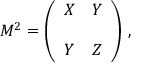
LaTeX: M ^ { 2 } = \left( \begin{array} { c c } { { X } } & { { Y } } \\ { { } } & { { } } \\ { { Y } } & { { Z } } \end{array} \right) \, ,